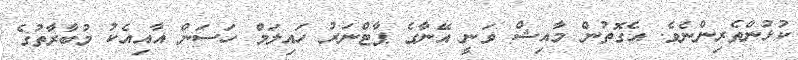
ކުޅުންތެރިންނެވެ. އެގޮތުން މާއިޝް ވަނީ އޭނާގެ ޕާޓްނަރު ހައިލަމް ހަސަން އާއިއެކު މުބާރާތުގެ